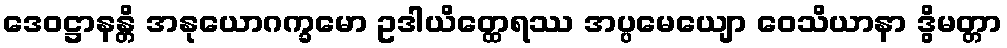
ဒေဝဋ္ဌာနန္တိ အနုယောဂက္ခမော ဥဒါယိတ္ထေရဿ အပ္ပမေယျော ဝေသိယာနာ ဒွိမတ္တာ